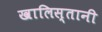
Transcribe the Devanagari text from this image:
खालिस्तानी